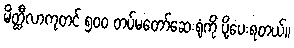
မိတ္ထီလာကုတင် ၅၀၀ တပ်မတော်ဆေးရုံကို ပို့ပေးရတယ်။